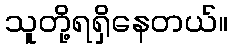
သူတို့ရရှိနေတယ်။